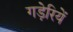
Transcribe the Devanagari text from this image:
गड़ेरियें